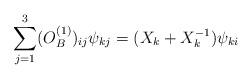
LaTeX: \begin{align*}\sum\limits_{j=1}^{3} (O^{(1)}_B)_{ij} \psi_{kj} = (X_k+X_k^{-1}) \psi_{ki} \end{align*}